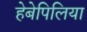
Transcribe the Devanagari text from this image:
हेबेपिलिया